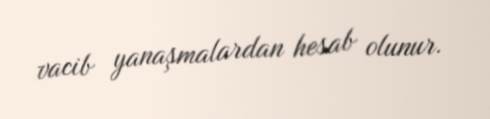
vacib yanaşmalardan hesab olunur.